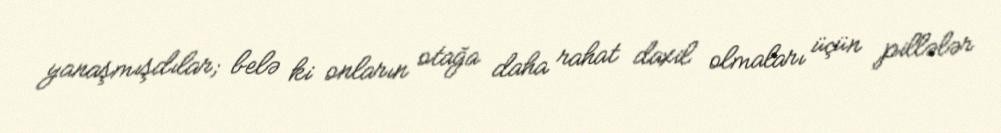
yanaşmışdılar; belə ki onların otağa daha rahat daxil olmaları üçün pillələr